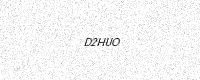
Text: D2HUO